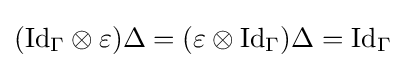
({\text{Id}}_{\Gamma }\otimes \varepsilon )\Delta =(\varepsilon \otimes {\text{Id}}_{\Gamma })\Delta ={\text{Id}}_{\Gamma }